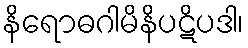
နိရောဓဂါမိနိပဋိပဒါ၊